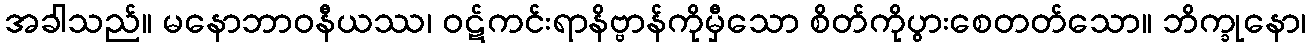
အခါသည်။ မနောဘာဝနီယဿ၊ ဝဋ်ကင်းရာနိဗ္ဗာန်ကိုမှီသော စိတ်ကိုပွားစေတတ်သော။ ဘိက္ခုနော၊